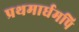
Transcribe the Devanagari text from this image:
प्रथमार्धमपि